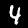
Digit: 4